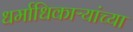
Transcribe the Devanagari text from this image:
धर्माधिकाऱ्यांच्या